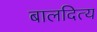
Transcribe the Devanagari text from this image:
बालदित्य